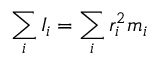
\sum _ { i } I _ { i } = \sum _ { i } r _ { i } ^ { 2 } m _ { i }